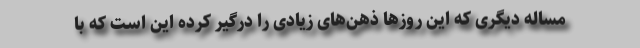
مساله دیگری که این روزها ذهن‌های زیادی را درگیر کرده این است که با